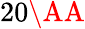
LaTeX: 20\AA